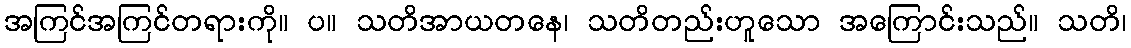
အကြင်အကြင်တရားကို။ ပ။ သတိအာယတနေ၊ သတိတည်းဟူသော အကြောင်းသည်။ သတိ၊